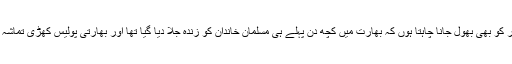
میں تو اس خبر کو بھی بھول جانا چاہتا ہوں کہ بھارت میں کچھ دن پہلے ہی مسلمان خاندان کو زندہ جلا دیا گیا تھا اور بھارتی پولیس کھڑی تماشہ دیکھتی رہی ۔